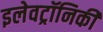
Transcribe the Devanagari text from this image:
इलेवट्रॉनिकी